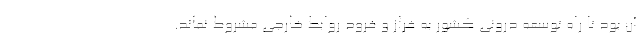
آن بود تا راه توسعه درونی کشور به فراز و فرود روابط خارجی مشروط نماند.